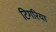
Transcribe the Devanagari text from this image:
टिगरिया